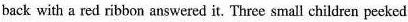
back with a red ribbon answered it. Three small children peeked